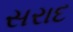
સરાદ